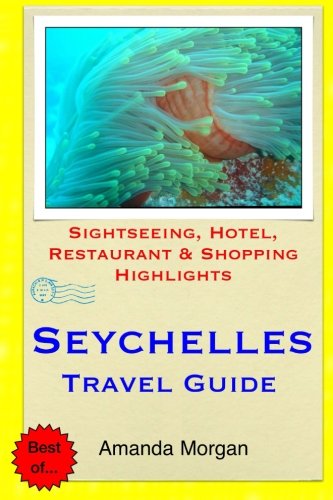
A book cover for Seychelles Travel Guide: Sightseeing, Hotel, Restaurant & Shopping Highlights; Amanda Morgan; Travel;